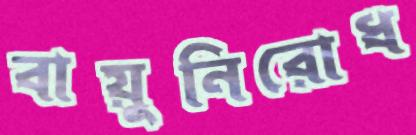
বায়ুনিরোধ